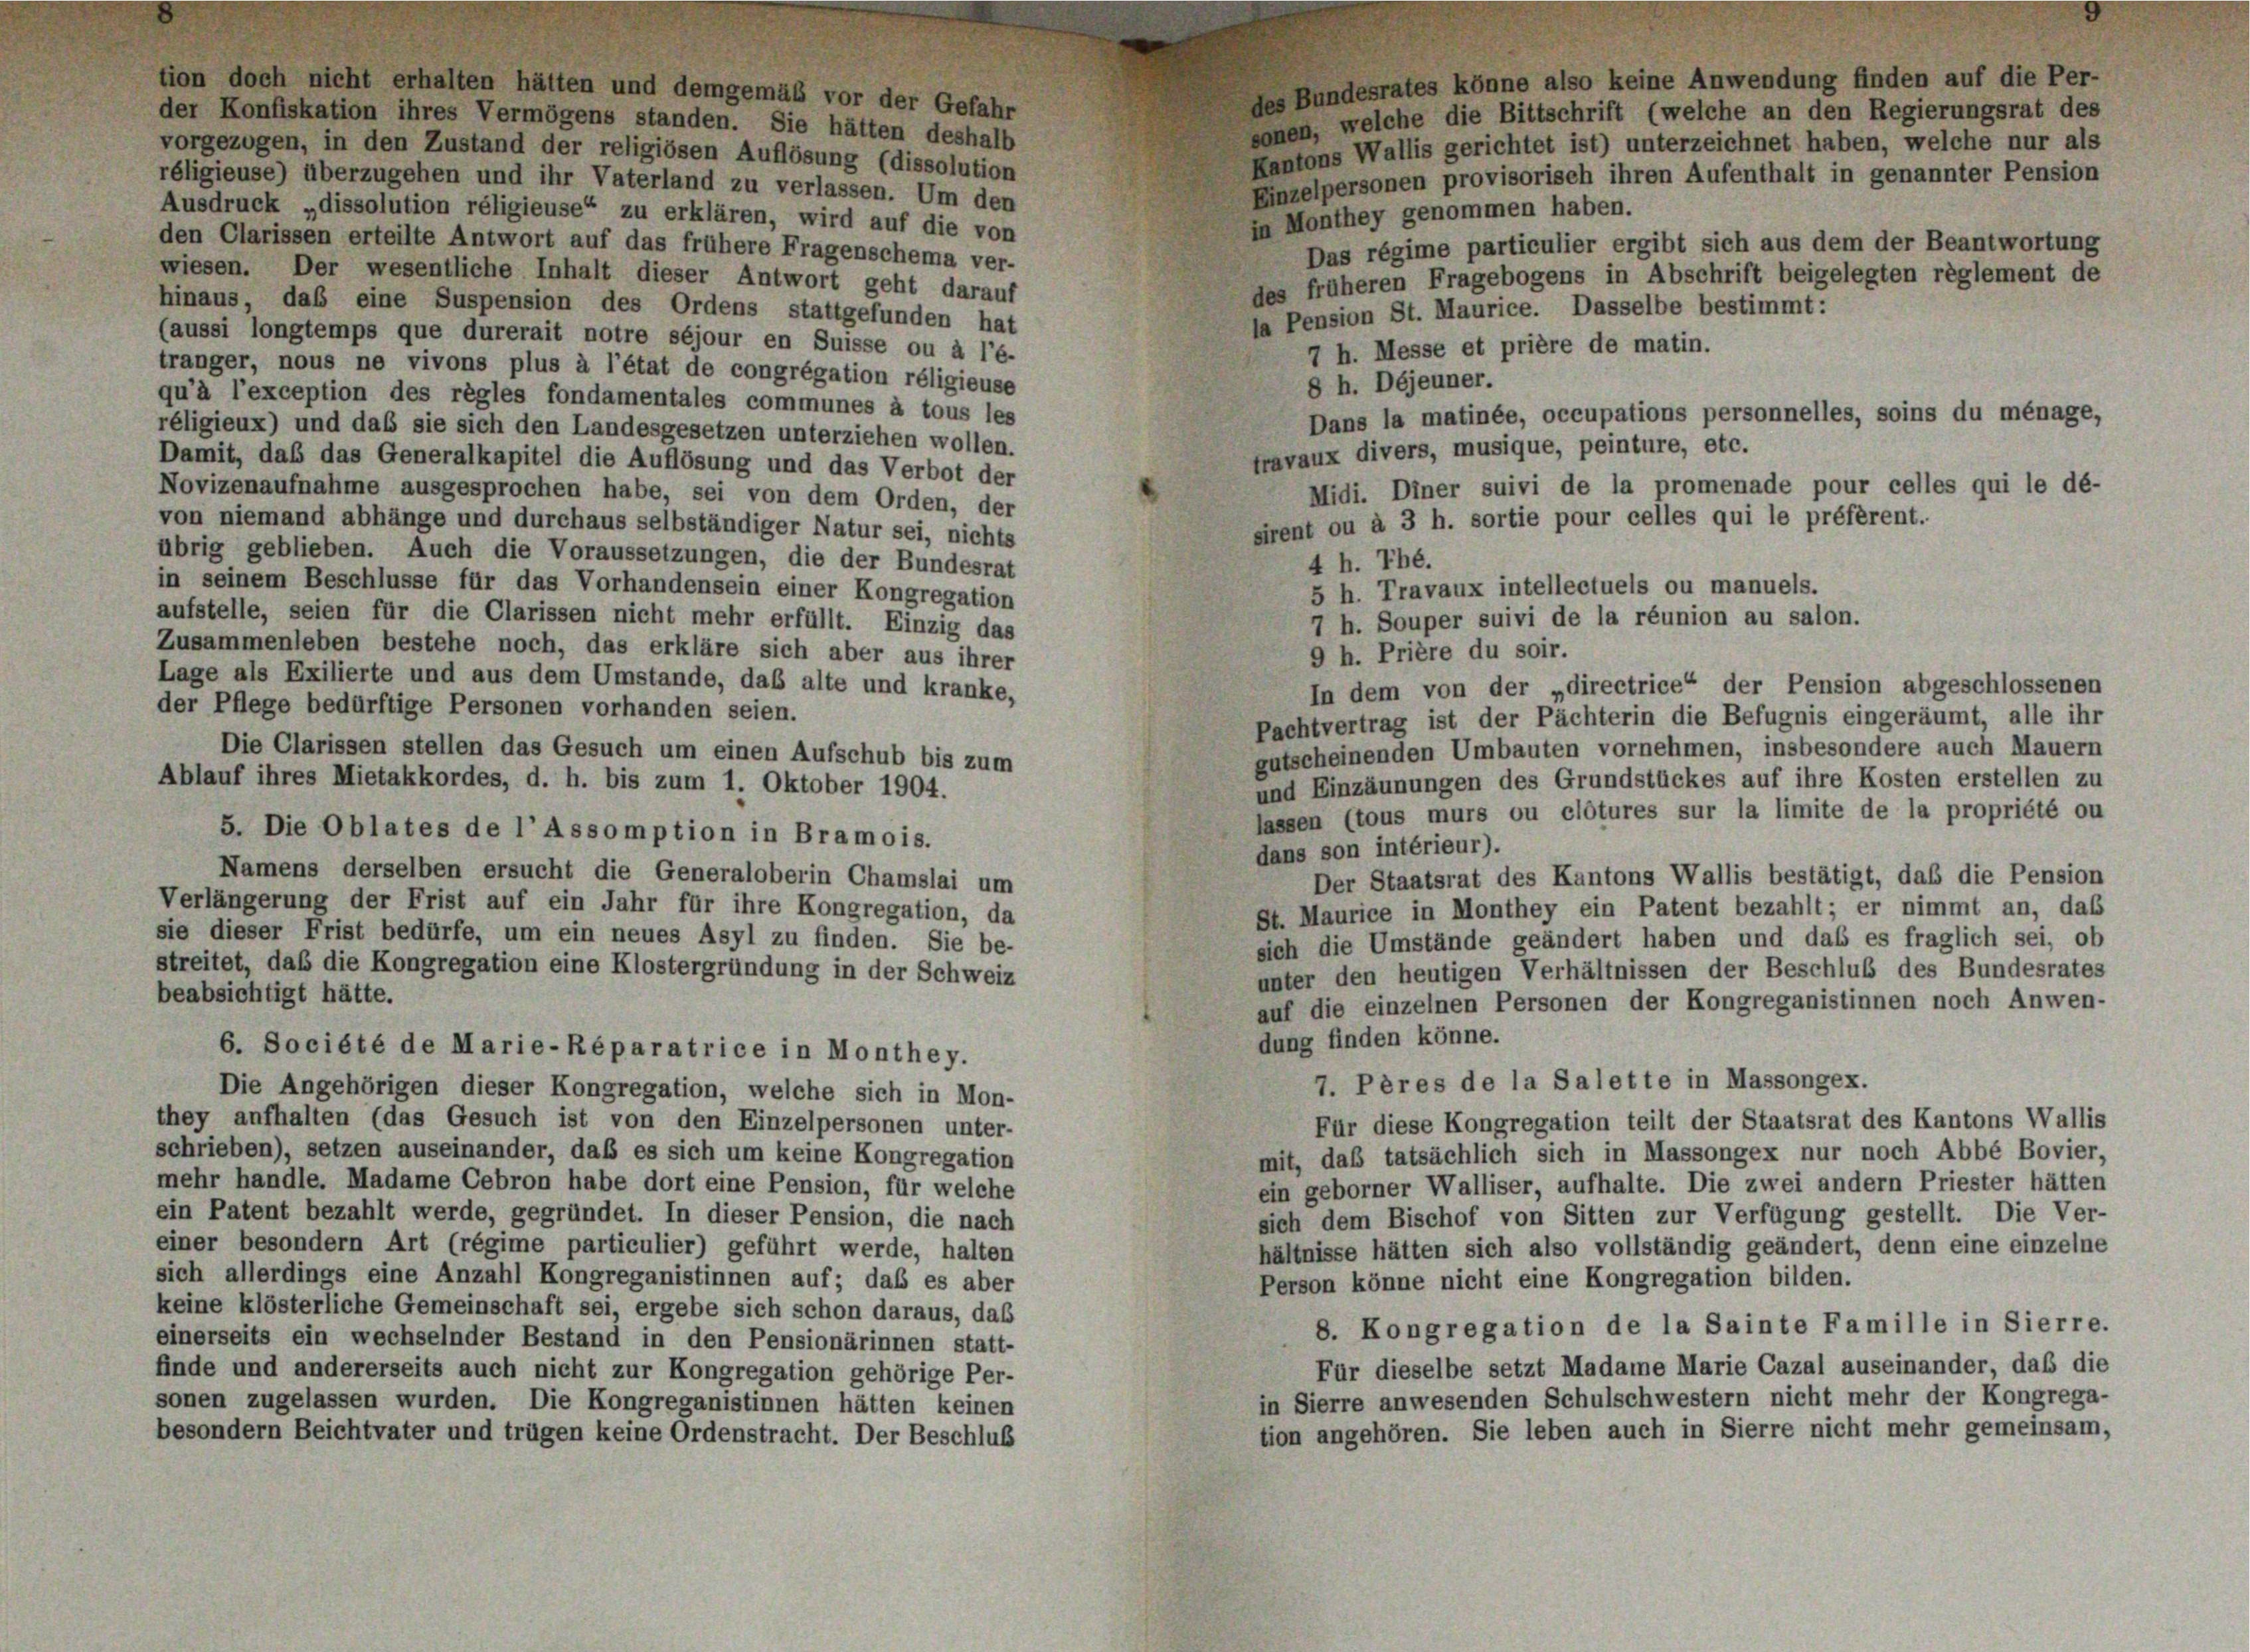
tion doch nicht erhalten hätten und demgemäß vor der Gefahr
der Konfiskation ihres Vermögens standen. Sie hätten deshalb
vorgezogen, in den Zustand der religiösen Auflösung (dissolution
réligieuse) überzugehen und ihr Vaterland zu verlassen. Um den
Ausdruck „dissolution réligieuse“ zu erklären, wird auf die von
den Clarissen erteilte Antwort auf das frühere Fragenschema ver-
wiesen. Der wesentliche Inhalt dieser Antwort geht darauf
hinaus, das eine Suspension des Ordens stattgefunden hat
(aussi longtemps que durerait notre séjour en Suisse ou à l’é-
tranger, nous ne vivons plus à l’état de congrégation réligieuse
qu’à l’exception des règles fondamentales communes à tous les
réligieux) und daß sie sich den Landesgesetzen unterziehen wollen.
Damit, daß das Generalkapitel die Auflösung und das Verbot der
Novizenaufnahme ausgesprochen habe, sei von dem Orden, der
von niemand abhänge und durchaus selbständiger Natur sei, nichts
übrig geblieben. Auch die Voraussetzungen, die der Bundesrat
in seinem Beschlüsse für das Vorhandensein einer Kongregation
aufstelle, seien für die Clarissen nicht mehr erfüllt. Einzig das
Zusammenleben bestehe noch, das erkläre sich aber aus ihrer
Lage als Exilierte und aus dem Umstände, das alte und kranke,
der Pflege bedürftige Personen vorhanden seien.
Die Clarissen stellen das Gesuch um einen Aufschub bis zum
Ablauf ihres Mietakkordes, d. h. bis zum 1. Oktober 1904.
5. Die Oblates de l’Assomption in Bramois.
Namens derselben ersucht die Generaloberin Chamslai um
Verlängerung der Frist auf ein Jahr für ihre Kongregation, da
sie dieser Frist bedürfe, um ein neues Asyl zu finden. Sie be-
streitet, daß die Kongregation eine Klostergründung in der Schweiz
beabsichtigt hätte.
6. Société de Marie-Réparatrice in Monthey.
Die Angehörigen dieser Kongregation, welche sich in Mon-
they aufhalten (das Gesuch ist von den Einzelpersonen unter-
schrieben), setzen auseinander, daß es sich um keine Kongregation
mehr handle. Madame Cebron habe dort eine Pension, für welche
ein Patent bezahlt werde, gegründet. In dieser Pension, die nach
einer besondern Art (régime particulier) geführt werde, halten
sich allerdings eine Anzahl Kongreganistinnen auf; daß es aber
keine klösterliche Gemeinschaft sei, ergebe sich schon daraus, das
einerseits ein wechselnder Bestand in den Pensionärinnen statt-
finde und andererseits auch nicht zur Kongregation gehörige Per-
sonen zugelassen wurden. Die Kongreganistinnen hätten keinen
besondern Beichtvater und trügen keine Ordenstracht. Der Beschluß

des Bundesrates könne also keine Anwendung finden auf die Per-
sonen, welche die Bittschrift (welche an den Regierungsrat des
Kantons Wallis gerichtet ist) unterzeichnet haben, welche nur als
Einzelpersonen provisorisch ihren Aufenthalt in genannter Pension
in Monthey genommen haben.
Das régime particulier ergibt sich aus dem der Beantwortung
des früheren Fragebogens in Abschrift beigelegten règlement de
la Pension St. Maurice. Dasselbe bestimmt:
7 h. Messe et prière de matin.
8 h. Déjeuner.
Dans la matinée, occupations personnelles, soins du ménage,
fravaux divers, musique, peinture, etc.
Midi. Diner suivi de la promenade pour celles qui le dé-
In dem von der „directrice“ der Pension abgeschlossenen
Pachtvertrag ist der Pächterin die Befugnis eingeräumt, alle ihr
gutscheinenden Umbauten vornehmen, insbesondere auch Mauern
und Einzäunungen des Grundstückes auf ihre Kosten erstellen zu
lassen (tous murs ou clôtures sur la limite de la propriété ou
dans son intérieur).
Der Staatsrat des Kantons Wallis bestätigt, daß die Pension
St. Maurice in Monthey ein Patent bezahlt; er nimmt an, das
sich die Umstände geändert haben und das es fraglich sei, ob
unter den heutigen Verhältnissen der Beschluß des Bundesrates
auf die einzelnen Personen der Kongreganistinnen noch Anwen-
dung finden könne.
7. Pères de la Salette in Massongex.
Für diese Kongregation teilt der Staatsrat des Kantons Wallis
mit, daß tatsächlich sich in Massongex nur noch Abbé Bovier,
ein geborner Walliser, aufhalte. Die zwei andern Priester hätten
sich dem Bischof von Sitten zur Verfügung gestellt. Die Ver-
hältnisse hätten sich also vollständig geändert, denn eine einzelne
Person könne nicht eine Kongregation bilden.
8. Kongregation de la Sainte Famille in Sierre.
Für dieselbe setzt Madame Marie Cazal auseinander, daß die
in Sierre anwesenden Schulschwestern nicht mehr der Kongrega-
tion angehören. Sie leben auch in Sierre nicht mehr gemeinsam,

sirent ou à 3 h. sortie pour celles qui le préfèrent.
4 h. Thé.
5 h. Travaux intellectuels ou manuels.
7 h. Souper suivi de la réunion au salon.
9 h. Prière du soir.